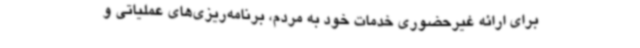
برای ارائه غیرحضوری خدمات خود به مردم، برنامه‌ریزی‌های عملیاتی و